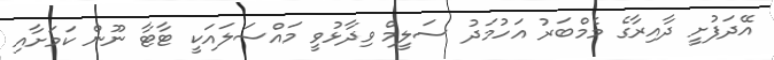
އޭދަފުށީ ދާއިރާގެ މެމްބަރު އަހުމަދު ސަލީމް ވިދާޅުވީ މައްސަލައަކީ ޓާޓާ ނޫން ކަމަށާއި